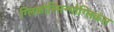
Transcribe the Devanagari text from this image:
ग्लिकोस्मिन्गोग्लिकंस